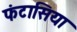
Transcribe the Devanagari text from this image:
फंटासिया